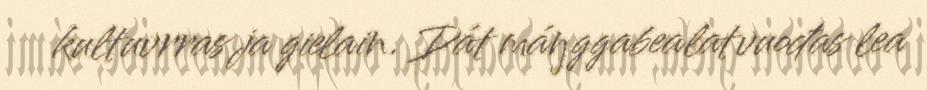
kultuvrras ja gielain. Dát máŋggabealatvuođas lea